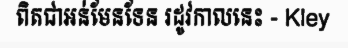
ពិតជាអន់មែនទែន រដូវកាលនេះ - Kley